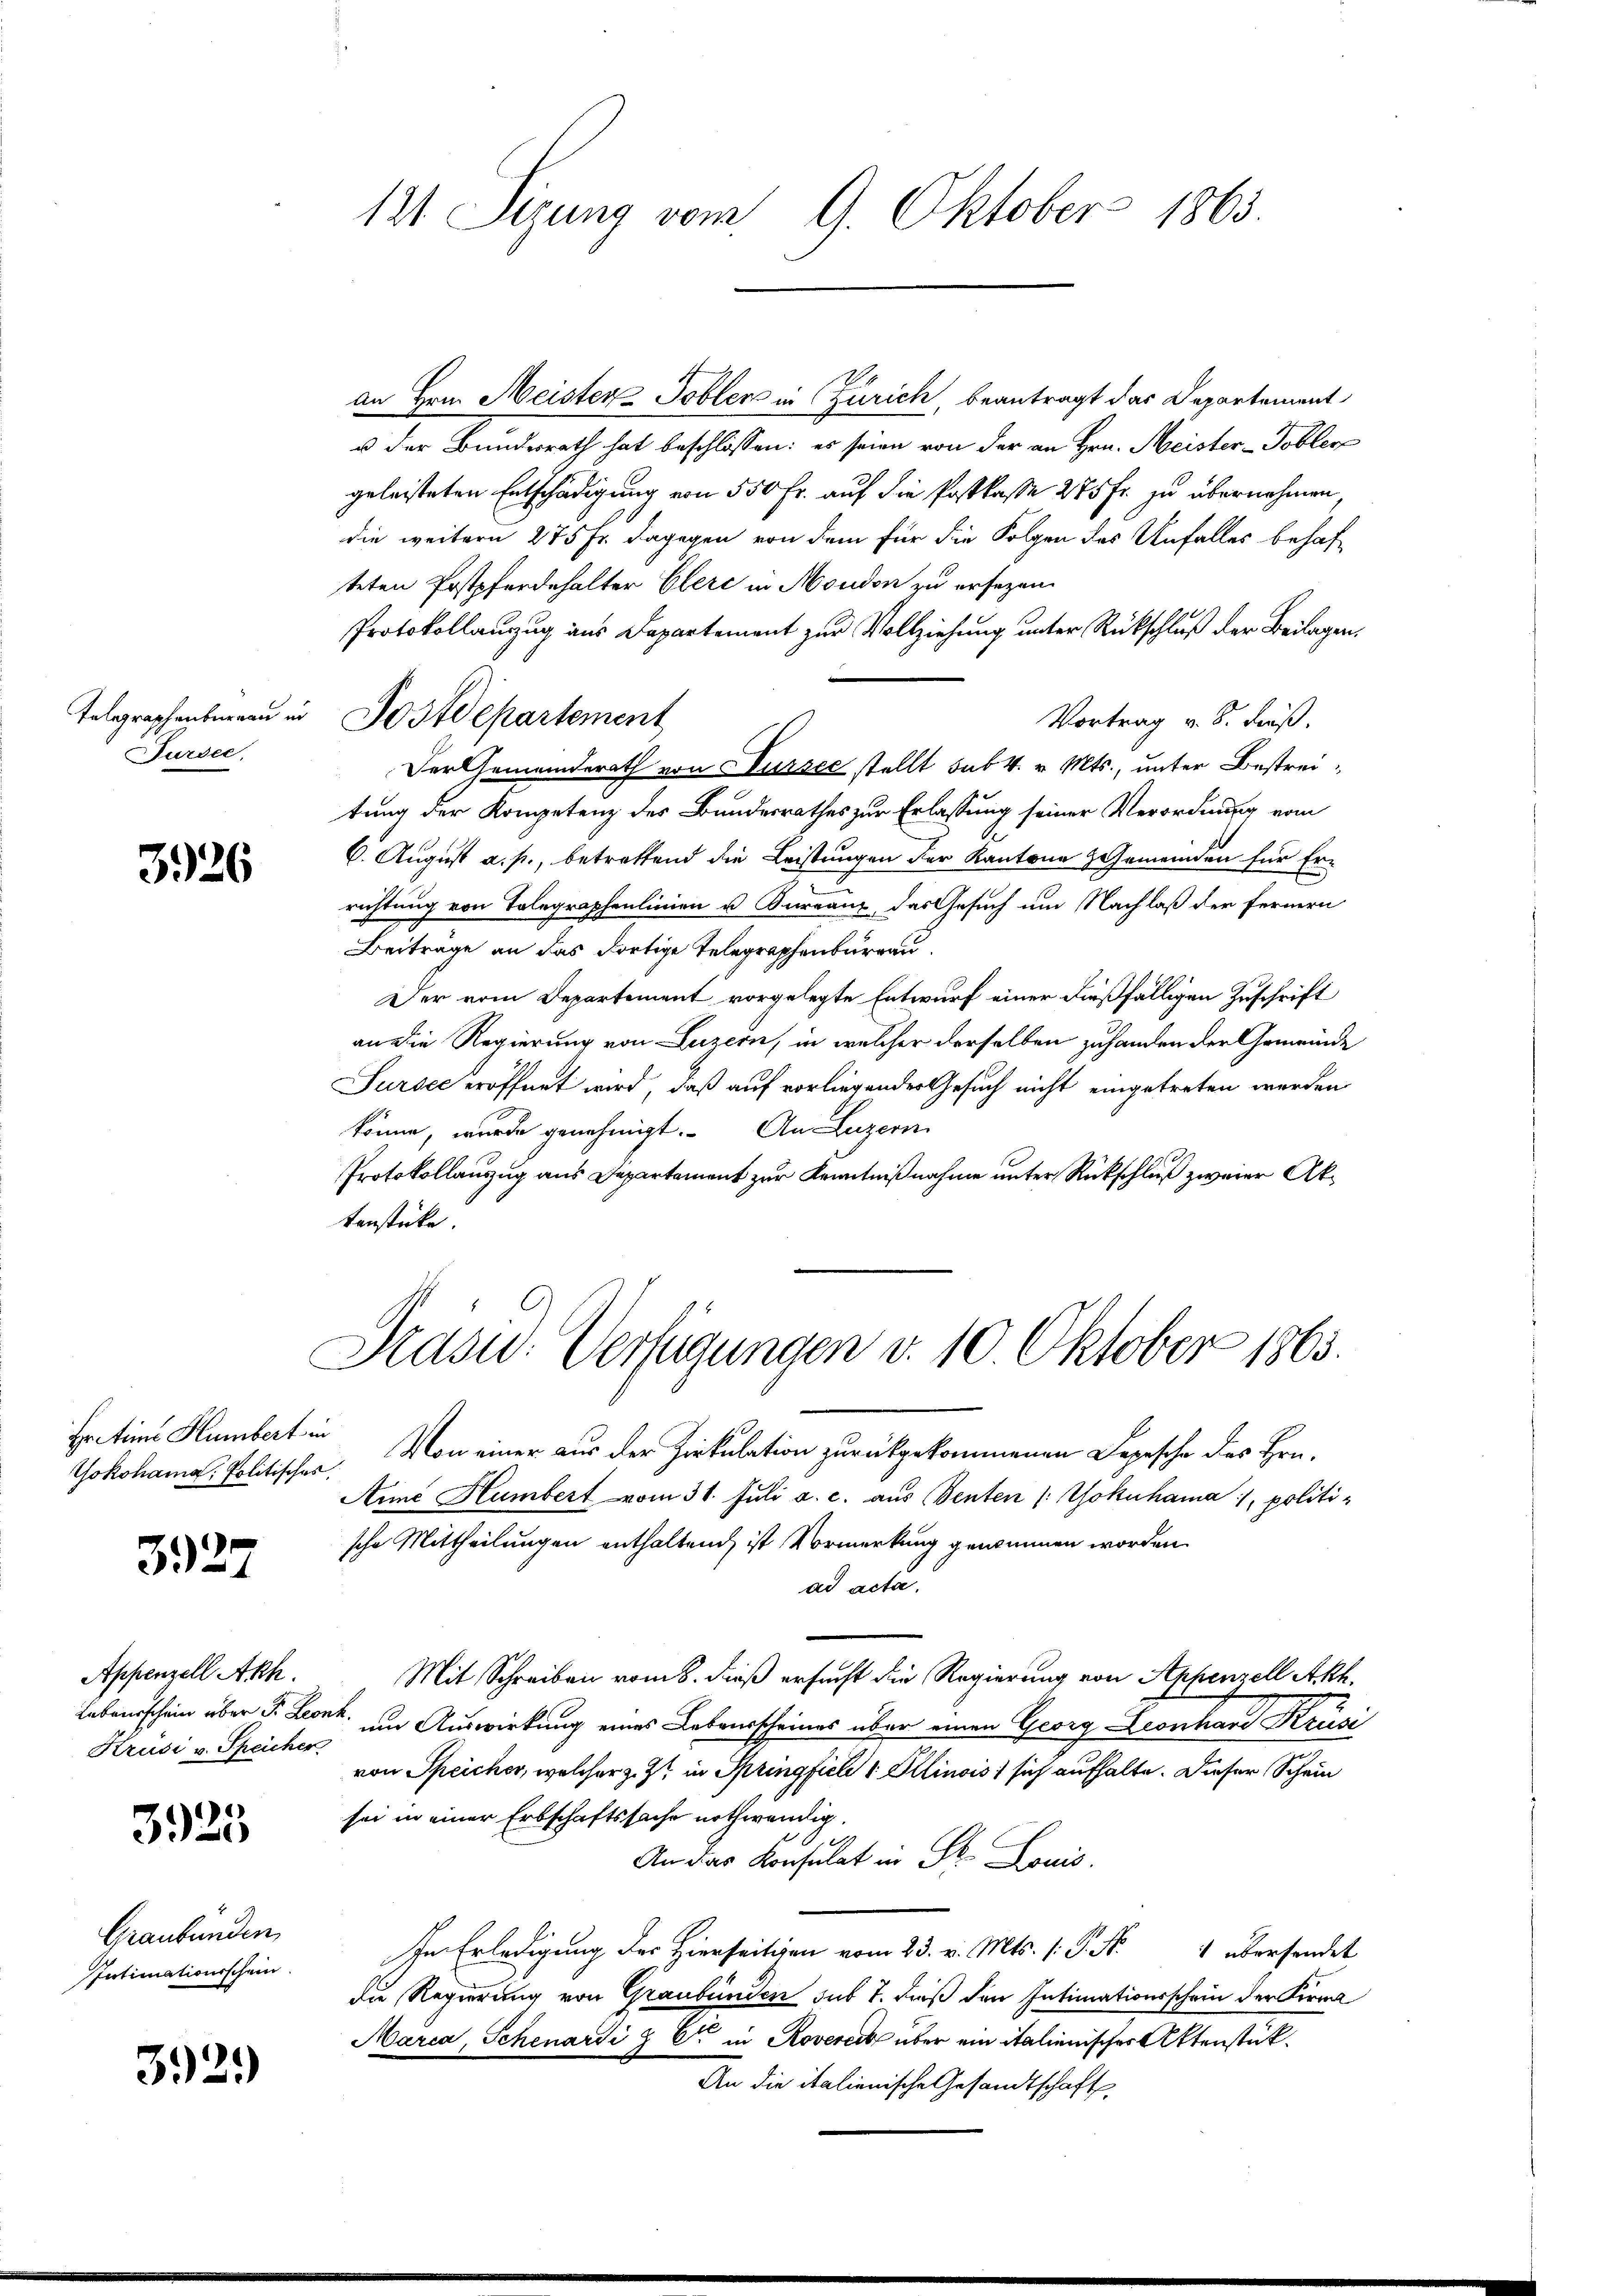
Telegraphenbureau in
Fursee,

3926

Fretins Humbert in

3927

Appenzell Akh.
Krusi v. Speicher

3925

Graubünden
Intimationsschein

3929

u der Bundesrath hat beschlossen: es seien von der an Hrn. Meister-Tobler
geleisteten Entschädigung von 550 Fr. auf die Postkasse 275 Fr. zu übernehmen
die weitern 275 Fr. dagegen von dem für die Folgen des Unfalles behafteten Postpferdehalter Clere in Moudon zu ersezen.
Protokollanzug aus Departement zur Vollziehung unter Rückschluß der Beilagen.
Vortrag v. 8. Fuß.
Der Gemeinderath von Sursee stellt sub 4. v. Mts., unter Bestreitung der Kompetenz des Bundesrathes zur Erlassung seiner Verordnung vom
6. August a. p., betreffend die Leistungen der Kantone Gemeinden für Errichtung von Telegraphenlinien u. Kurranz, das Gesuch um Nachlaß der fernern
Beiträge an das dortige Telegraphenburgau.
Der vom Departement vorgelegte Entwurf einer dießfälligen Zuschrift
an die Regierung von Luzern, in welcher derselben zuhanden der Gemeinde
Sursee eröffnet wird, daß auf vorliegender Gesuch nicht eingetreten werden
könne, wurde genehmigt. An Luzern
Protokollauszug aus Departement zur Kenntnißnahme unter Rückschluß zweier Aktenstücke.

121. Sizung vom 9. Oktober 1863.

" Postdepartement

an Hrn. Meister Tobler in Zürich, beantragt das Departement

Präsid.. Verfügungen d. 10. Oktober 1863.

Yokohama, Politischen. Von einer aus der Zirkulation zurückgekommenen Depesche des Hrn.
Ané Humbert vom 31. Juli a. c. aus (denten (Yokohama, politi-
sche Mittheilungen enthaltend, ist Vormerkung genommen worden.
ad acta.
Mit Schreiben vom 8. dieß ersucht die Regierung von Appenzell Akh.
Lebensschein über J. Leonk, um Auswirkung eines Lebensscheines über einen Georg Leonhard Krusi
von Speicher, welcher z. Z. in Springfiel 1 Illinois sich aufhalte. Dieser Schein
sei in einer Erbschaftssache nothwendig.
e
An das Konsulat in St. Louis.
In Erledigung des Hierseitigen vom 23. v. Mts. 1. P. Nr. 4 übersendet
die Regierung von Graubünden sub 7. dieß den Intimationsschein der Firma
Marca, Schenardi & Cie in Rovereit über ein italienischer Aktenstük¬
An die italienische Gesandtschaft